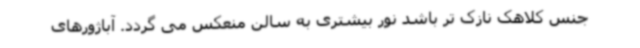
جنس کلاهک نازک تر باشد نور بیشتری به سالن منعکس می گردد. آباژورهای